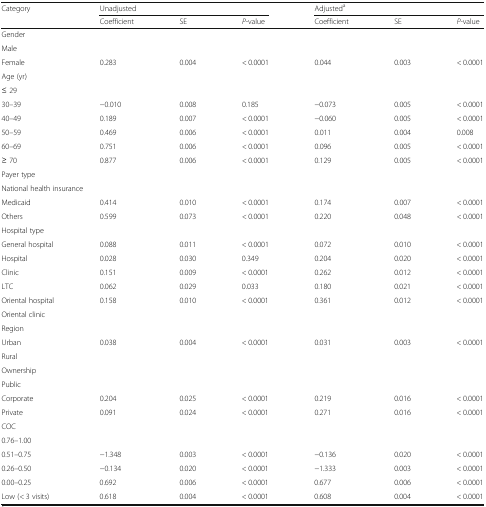
<table><thead><tr><td rowspan="2"><b>Category</b></td><td colspan="3"><b>Unadjusted</b></td><td colspan="3"><b>Adjusted<sup>a</sup></b></td></tr><tr><td><b>Coefficient</b></td><td><b>SE</b></td><td><b><i>P</i>-value</b></td><td><b>Coefficient</b></td><td><b>SE</b></td><td><b><i>P</i>-value</b></td></tr></thead><tbody><tr><td>Gender</td><td></td><td></td><td></td><td></td><td></td><td></td></tr><tr><td>Male</td><td></td><td></td><td></td><td></td><td></td><td></td></tr><tr><td>Female</td><td>0.283</td><td>0.004</td><td>&lt; 0.0001</td><td>0.044</td><td>0.003</td><td>&lt; 0.0001</td></tr><tr><td>Age (yr)</td><td></td><td></td><td></td><td></td><td></td><td></td></tr><tr><td>≤ 29</td><td></td><td></td><td></td><td></td><td></td><td></td></tr><tr><td>30–39</td><td>−0.010</td><td>0.008</td><td>0.185</td><td>−0.073</td><td>0.005</td><td>&lt; 0.0001</td></tr><tr><td>40–49</td><td>0.189</td><td>0.007</td><td>&lt; 0.0001</td><td>−0.060</td><td>0.005</td><td>&lt; 0.0001</td></tr><tr><td>50–59</td><td>0.469</td><td>0.006</td><td>&lt; 0.0001</td><td>0.011</td><td>0.004</td><td>0.008</td></tr><tr><td>60–69</td><td>0.751</td><td>0.006</td><td>&lt; 0.0001</td><td>0.096</td><td>0.005</td><td>&lt; 0.0001</td></tr><tr><td>≥ 70</td><td>0.877</td><td>0.006</td><td>&lt; 0.0001</td><td>0.129</td><td>0.005</td><td>&lt; 0.0001</td></tr><tr><td>Payer type</td><td></td><td></td><td></td><td></td><td></td><td></td></tr><tr><td colspan="2">National health insurance</td><td></td><td></td><td></td><td></td><td></td></tr><tr><td>Medicaid</td><td>0.414</td><td>0.010</td><td>&lt; 0.0001</td><td>0.174</td><td>0.007</td><td>&lt; 0.0001</td></tr><tr><td>Others</td><td>0.599</td><td>0.073</td><td>&lt; 0.0001</td><td>0.220</td><td>0.048</td><td>&lt; 0.0001</td></tr><tr><td>Hospital type</td><td></td><td></td><td></td><td></td><td></td><td></td></tr><tr><td>General hospital</td><td>0.088</td><td>0.011</td><td>&lt; 0.0001</td><td>0.072</td><td>0.010</td><td>&lt; 0.0001</td></tr><tr><td>Hospital</td><td>0.028</td><td>0.030</td><td>0.349</td><td>0.204</td><td>0.020</td><td>&lt; 0.0001</td></tr><tr><td>Clinic</td><td>0.151</td><td>0.009</td><td>&lt; 0.0001</td><td>0.262</td><td>0.012</td><td>&lt; 0.0001</td></tr><tr><td>LTC</td><td>0.062</td><td>0.029</td><td>0.033</td><td>0.180</td><td>0.021</td><td>&lt; 0.0001</td></tr><tr><td>Oriental hospital</td><td>0.158</td><td>0.010</td><td>&lt; 0.0001</td><td>0.361</td><td>0.012</td><td>&lt; 0.0001</td></tr><tr><td>Oriental clinic</td><td></td><td></td><td></td><td></td><td></td><td></td></tr><tr><td>Region</td><td></td><td></td><td></td><td></td><td></td><td></td></tr><tr><td>Urban</td><td>0.038</td><td>0.004</td><td>&lt; 0.0001</td><td>0.031</td><td>0.003</td><td>&lt; 0.0001</td></tr><tr><td>Rural</td><td></td><td></td><td></td><td></td><td></td><td></td></tr><tr><td>Ownership</td><td></td><td></td><td></td><td></td><td></td><td></td></tr><tr><td>Public</td><td></td><td></td><td></td><td></td><td></td><td></td></tr><tr><td>Corporate</td><td>0.204</td><td>0.025</td><td>&lt; 0.0001</td><td>0.219</td><td>0.016</td><td>&lt; 0.0001</td></tr><tr><td>Private</td><td>0.091</td><td>0.024</td><td>&lt; 0.0001</td><td>0.271</td><td>0.016</td><td>&lt; 0.0001</td></tr><tr><td>COC</td><td></td><td></td><td></td><td></td><td></td><td></td></tr><tr><td>0.76–1.00</td><td></td><td></td><td></td><td></td><td></td><td></td></tr><tr><td>0.51–0.75</td><td>−1.348</td><td>0.003</td><td>&lt; 0.0001</td><td>−0.136</td><td>0.020</td><td>&lt; 0.0001</td></tr><tr><td>0.26–0.50</td><td>−0.134</td><td>0.020</td><td>&lt; 0.0001</td><td>−1.333</td><td>0.003</td><td>&lt; 0.0001</td></tr><tr><td>0.00–0.25</td><td>0.692</td><td>0.006</td><td>&lt; 0.0001</td><td>0.677</td><td>0.006</td><td>&lt; 0.0001</td></tr><tr><td>Low (&lt; 3 visits)</td><td>0.618</td><td>0.004</td><td>&lt; 0.0001</td><td>0.608</td><td>0.004</td><td>&lt; 0.0001</td></tr></tbody></table>